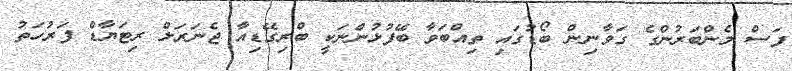
ފަސް މެންބަރުންގެ ގަވާނިން ބޯޑުގައި ތިއްބަވާ ބޭފުޅުންނަކީ ބްރިގޭޑިއާ ޖެނަރަލް ރިޓަޔާޑް ފަރުހަތު